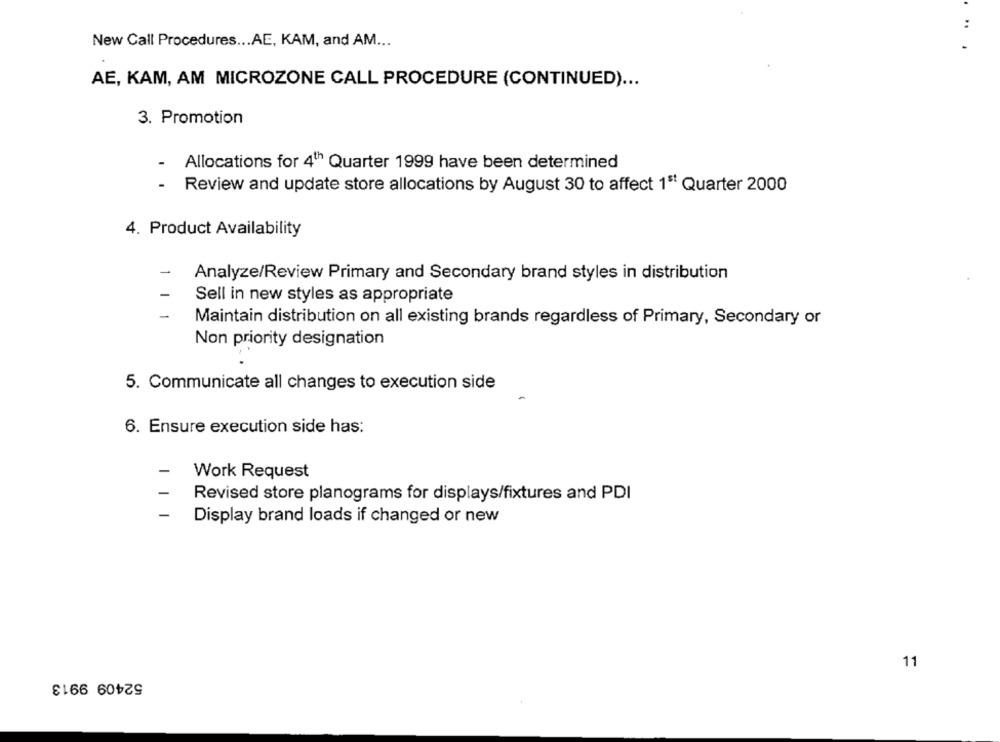
:
New Call Procedures ... AE, KAM, and AM ...
AE, KAM, AM MICROZONE CALL PROCEDURE (CONTINUED) ...
3. Promotion
-
Allocations for 4th Quarter 1999 have been determined
-
Review and update store allocations by August 30 to affect 1ª Quarter 2000
4. Product Availability
-
Analyze/Review Primary and Secondary brand styles in distribution
1
Sell in new styles as appropriate
-
Maintain distribution on all existing brands regardless of Primary, Secondary or
Non priority designation
5. Communicate all changes to execution side
6. Ensure execution side has:
Work Request
Revised store planograms for displays/fixtures and PDI
Display brand loads if changed or new
11
52409 9913